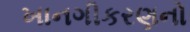
ખાનગીકરણનો